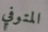
المتوفي